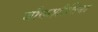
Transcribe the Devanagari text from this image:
चौकशीविना